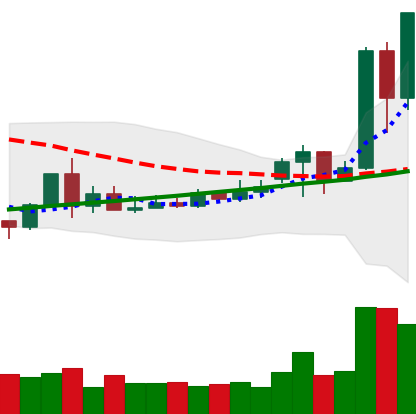
Ticker: TRX-USD
Chart end date: 2020-11-23
Forward return: -3.909%
Label: down_3_5